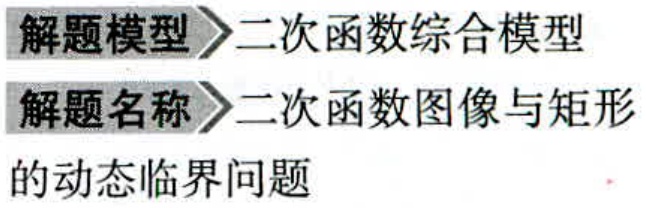
解题模型$\rhd$二次函数综合模型
解题名称$\rhd$二次函数图像与矩形
的动态临界问题